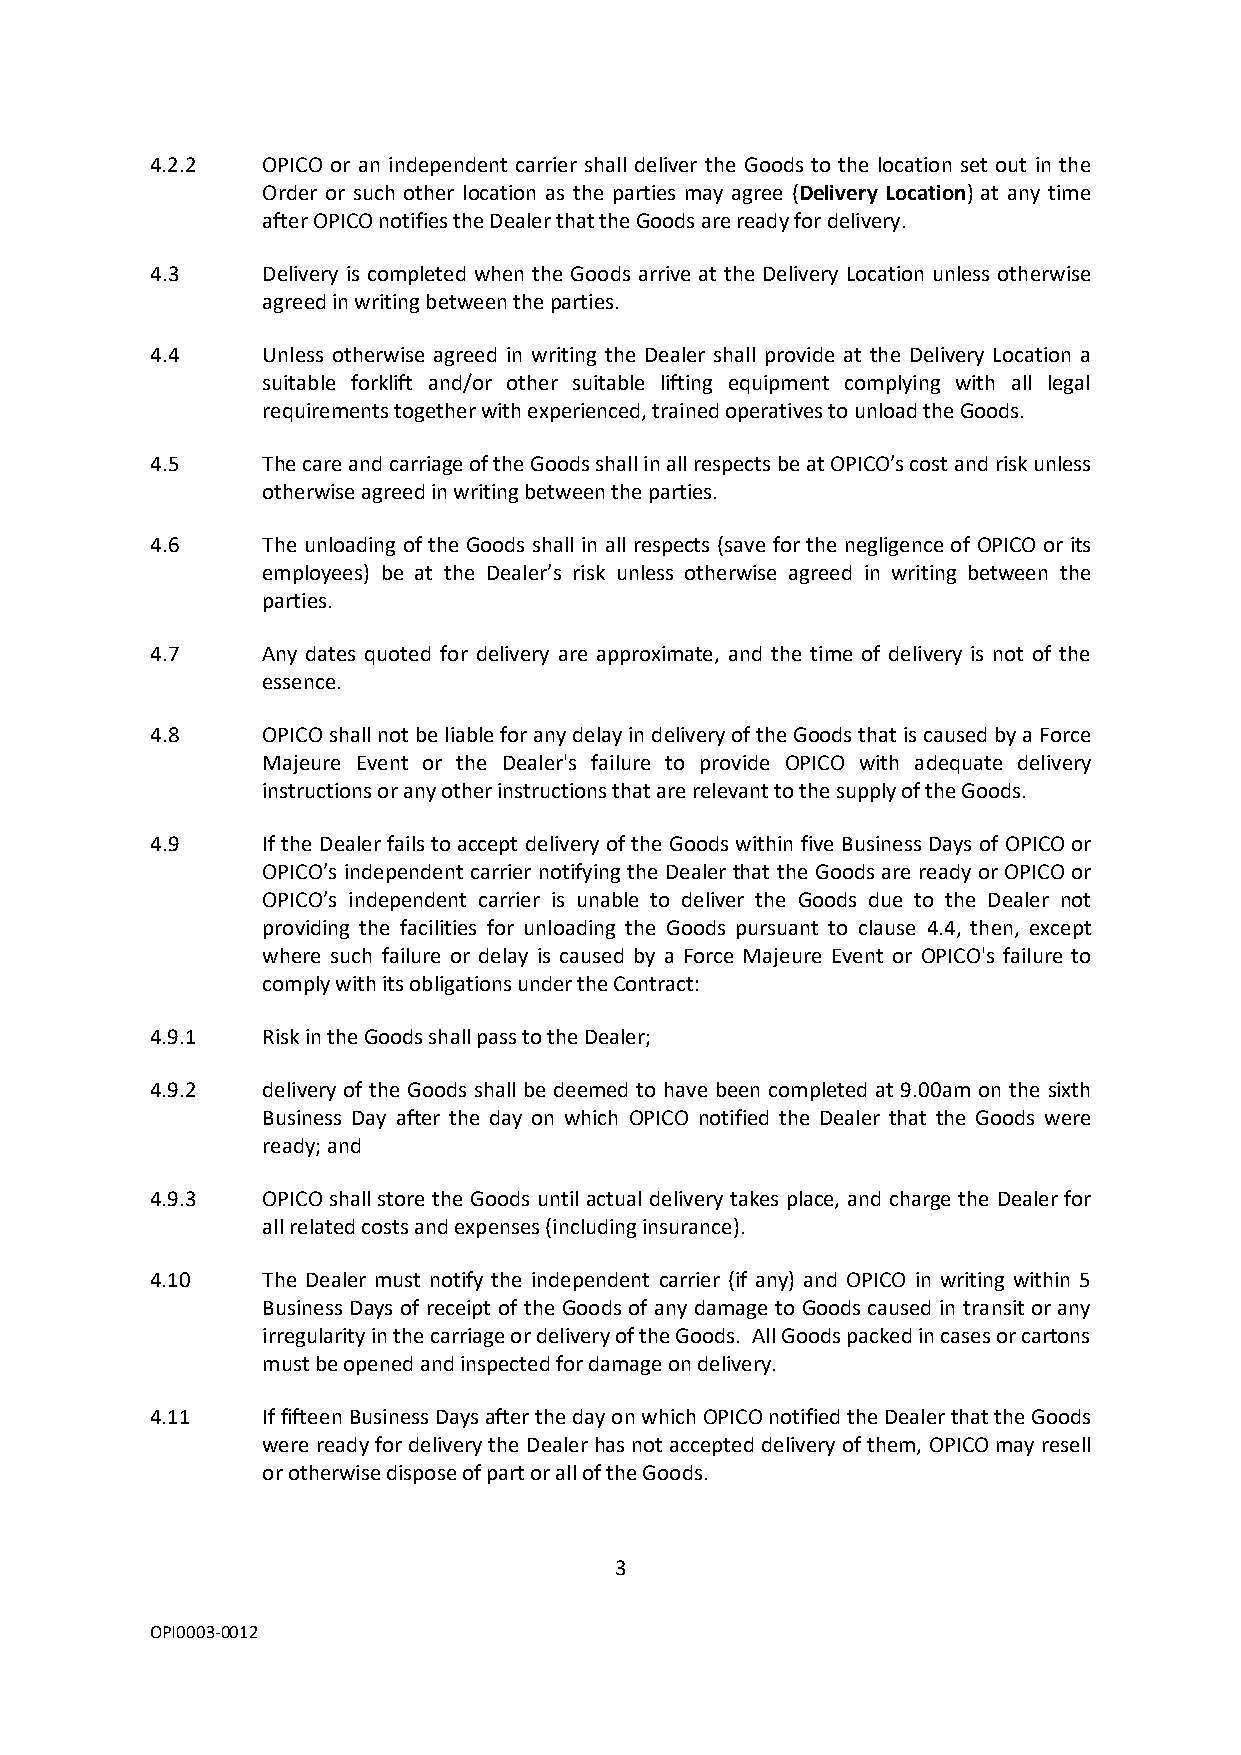
4.2.2  OPICO or an independent carrier shall deliver the Goods to the location set out in the
 Order or such other location as the parties may agree (Delivery Location) at any time
 after OPICO notifies the Dealer that the Goods are ready for delivery.
 4.3    Delivery is completed when the Goods arrive at the Delivery Location unless otherwise
 agreed in writing between the parties.
 4.4    Unless otherwise agreed in writing the Dealer shall provide at the Delivery Location a
 suitable forklift and/or other suitable lifting equipment complying with all legal
 requirements together with experienced, trained operatives to unload the Goods.
 4.5    The care and carriage of the Goods shall in all respects be at OPICO’s cost and risk unless
 otherwise agreed in writing between the parties.
 4.6    The unloading of the Goods shall in all respects (save for the negligence of OPICO or its
 employees) be at the Dealer’s risk unless otherwise agreed in writing between the
 parties.
 4.7    Any dates quoted for delivery are approximate, and the time of delivery is not of the
 essence.
 4.8    OPICO shall not be liable for any delay in delivery of the Goods that is caused by a Force
 Majeure Event or the Dealer's failure to provide OPICO with adequate delivery
 instructions or any other instructions that are relevant to the supply of the Goods.
 4.9    If the Dealer fails to accept delivery of the Goods within five Business Days of OPICO or
 OPICO’s independent carrier notifying the Dealer that the Goods are ready or OPICO or
 OPICO’s independent carrier is unable to deliver the Goods due to the Dealer not
 providing the facilities for unloading the Goods pursuant to clause 4.4, then, except
 where such failure or delay is caused by a Force Majeure Event or OPICO's failure to
 comply with its obligations under the Contract:
 4.9.1  Risk in the Goods shall pass to the Dealer;
 4.9.2  delivery of the Goods shall be deemed to have been completed at 9.00am on the sixth
 Business Day after the day on which OPICO notified the Dealer that the Goods were
 ready; and
 4.9.3  OPICO shall store the Goods until actual delivery takes place, and charge the Dealer for
 all related costs and expenses (including insurance).
 4.10   The Dealer must notify the independent carrier (if any) and OPICO in writing within 5
 Business Days of receipt of the Goods of any damage to Goods caused in transit or any
 irregularity in the carriage or delivery of the Goods. All Goods packed in cases or cartons
 must be opened and inspected for damage on delivery.
 4.11   If fifteen Business Days after the day on which OPICO notified the Dealer that the Goods
 were ready for delivery the Dealer has not accepted delivery of them, OPICO may resell
 or otherwise dispose of part or all of the Goods.
 3
 OPI0003-0012